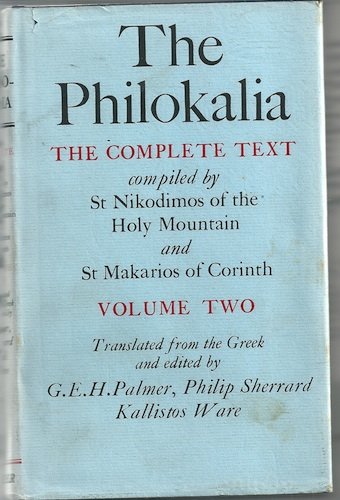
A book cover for The Philokalia ; The Complete Text (Volume 2); St. Nikodimos; Christian Books & Bibles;